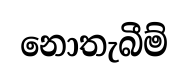
නොතැබීම්